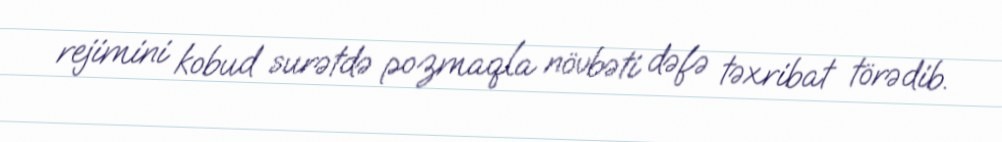
rejimini kobud surətdə pozmaqla növbəti dəfə təxribat törədib.